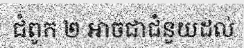
ជំពូក ២ អាចជាជំនួយដល់